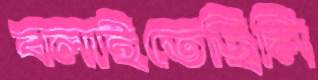
বলাইতেছিলি